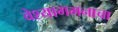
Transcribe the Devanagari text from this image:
वेश्यागमनाचा